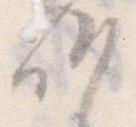
候